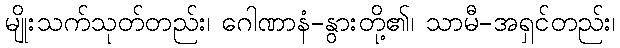
မျိုးသက်သုတ်တည်း၊ ဂေါဏာနံ-နွားတို့၏၊ သာမီ-အရှင်တည်း၊